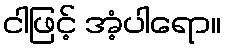
ငါဖြင့် အံ့ပါရော။